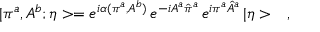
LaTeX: | \pi ^ { a } , A ^ { b } ; \eta > = e ^ { i \alpha ( \pi ^ { a } , A ^ { b } ) } \, e ^ { - i A ^ { a } \hat { \pi } ^ { a } } \, e ^ { i \pi ^ { a } \hat { A } ^ { a } } \, | \eta > \ \ \ ,